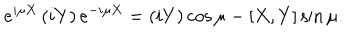
e ^ { i \mu X } \left( i Y \right) e ^ { - i \mu X } = \left( i Y \right) \cos { \mu } - [ X , Y ] \sin { \mu } .